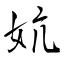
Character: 妔